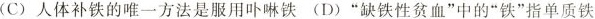
(C)人体补铁的唯一方法是服用卟啉铁 (D)“缺铁性贫血”中的“铁”指单质铁